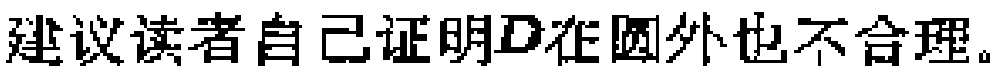
建议读者自己证明\(D\)在圆外也不合理。